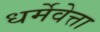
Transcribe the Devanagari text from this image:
धर्मेवेत्ता